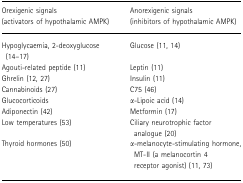
| Orexigenic signals (activators of hypothalamic AMPK) | Anorexigenic signals (inhibitors of hypothalamic AMPK) |
 | --- | --- |
 | Hypoglycaemia, 2-deoxyglucose (14–17) | Glucose (11, 14) |
 | Agouti-related peptide (11) | Leptin (11) |
 | Ghrelin (12, 27) | Insulin (11) |
 | Cannabinoids (27) | C75 (46) |
 | Glucocorticoids | α-Lipoic acid (14) |
 | Adiponectin (42) | Metformin (17) |
 | Low temperatures (53) | Ciliary neurotrophic factor analogue (20) |
 | Thyroid hormones (50) | α-melanocyte-stimulating hormone, MT-II (a melanocortin 4 receptor agonist) (11, 73) |